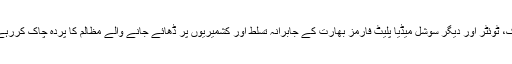
فیس بک، ٹوئٹر اور دیگر سوشل میڈیا پلیٹ فارمز بھارت کے جابرانہ تسلط اور کشمیریوں پر ڈھائے جانے والے مظالم کا پردہ چاک کررہے تھے۔